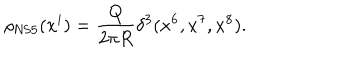
\rho _ { \mathrm { N S 5 } } ( x ^ { i } ) = \frac { Q } { 2 \pi R } \delta ^ { 3 } ( x ^ { 6 } , x ^ { 7 } , x ^ { 8 } ) .